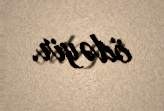
ödəyir.